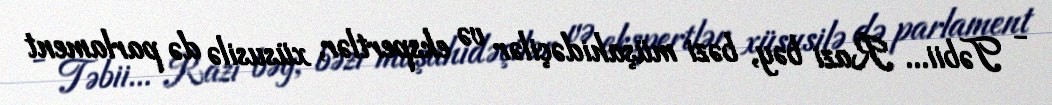
- Təbii... Razi bəy, bəzi müşahidəçilər və ekspertlər, xüsusilə də parlament